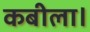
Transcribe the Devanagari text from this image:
कबीला।